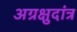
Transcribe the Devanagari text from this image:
अग्रक्षुदांत्र